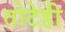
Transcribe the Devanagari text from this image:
तोटेही